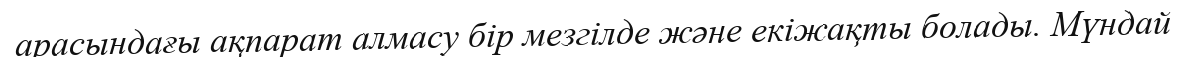
арасындағы ақпарат алмасу бір мезгілде және екіжақты болады. Мүндай